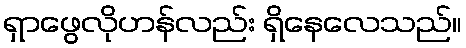
ရှာဖွေလိုဟန်လည်း ရှိနေလေသည်။